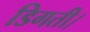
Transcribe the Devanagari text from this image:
डिगती।